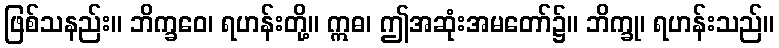
ဖြစ်သနည်း။ ဘိက္ခဝေ၊ ရဟန်းတို့။ ဣဓ၊ ဤအဆုံးအမတော်၌။ ဘိက္ခု၊ ရဟန်းသည်။